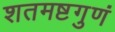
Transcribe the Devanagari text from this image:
शतमष्टगुणं